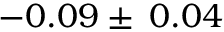
- 0 . 0 9 \pm \: 0 . 0 4